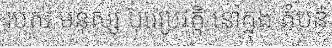
របស់ មនុស្ស បុរេប្រវត្តិ នៅក្នុង តំបន់